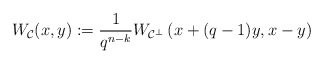
\begin{align*} W_{\mathcal{C}}(x,y):= \frac{1}{q^{n-k}}W_{\mathcal{C}^{\perp}}\left(x + (q-1)y,x - y\right)\end{align*}